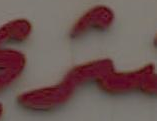
A